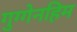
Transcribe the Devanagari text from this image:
गुग्गेनहिम